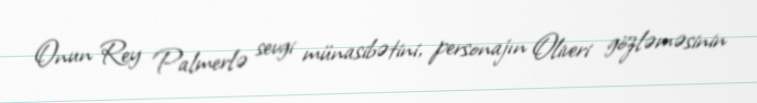
Onun Rey Palmerlə sevgi münasibətini, personajın Oliveri gözləməsinin